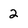
Character: 2